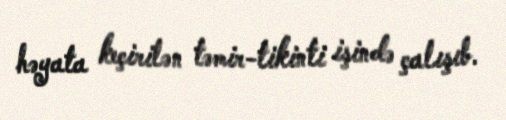
həyata keçirilən təmir-tikinti işində çalışıb.